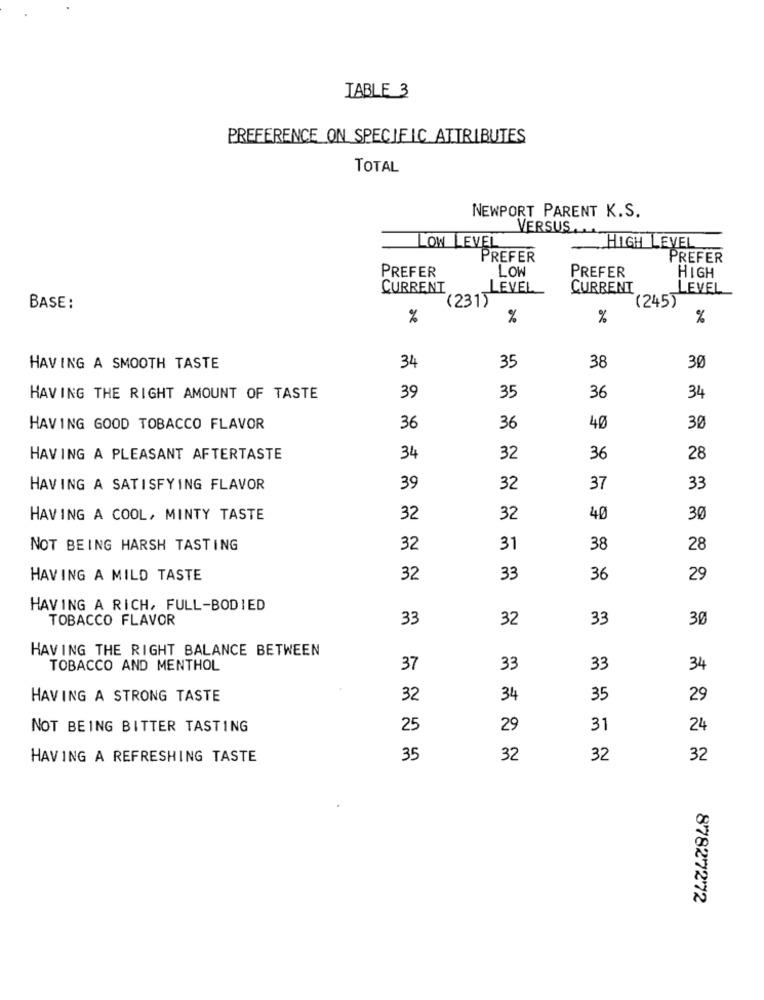
TABLE 3
PREFERENCE ON SPECIFIC ATTRIBUTES
TOTAL
NEWPORT PARENT K.S.
VERSUS,
LOW LEVEL
HIGH LEVEL
PREFER
PREFER
LOW
PREFER
PREFER
HIGH
CURRENT
LEVEL
CURRENT
LEVEL
(231)
(245)
BASE:
%
%
%
%
34
35
38
HAVING A SMOOTH TASTE
30
36
HAVING THE RIGHT AMOUNT OF TASTE
39
35
34
30
HAVING GOOD TOBACCO FLAVOR
36
36
40
HAVING A PLEASANT AFTERTASTE
34
32
36
28
HAVING A SATISFYING FLAVOR
39
32
37
33
HAVING A COOL, MINTY TASTE
32
32
40
30
NOT BEING HARSH TASTING
32
31
38
28
HAVING A MILD TASTE
32
33
36
29
HAVING A RICH, FULL-BODIED
TOBACCO FLAVOR
33
32
33
30
HAVING THE RIGHT BALANCE BETWEEN
TOBACCO AND MENTHOL
37
33
33
34
HAVING A STRONG TASTE
32
34
35
29
NOT BEING BITTER TASTING
25
29
31
24
HAVING A REFRESHING TASTE
35
32
32
32
878272'72